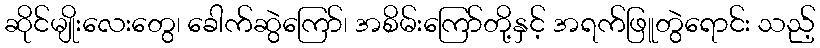
ဆိုင်မျိုးလေးတွေ၊ ခေါက်ဆွဲကြော်၊ အစိမ်းကြော်တို့နှင့် အရက်ဖြူတွဲရောင်း သည့်